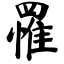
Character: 罹